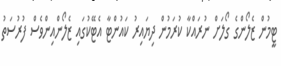
ޓީމުން ޒެލޯންގެ ގޯލަށް ނުރައްކާ ކުރަމުން ދިޔައިރު ކައުންޓާ އެޓޭކުގައި ޒެލޯންއިންވެސް ފުރުސަތު